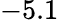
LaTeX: -5.1